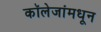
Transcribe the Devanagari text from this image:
कॉलेजांमधून